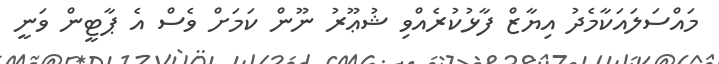
މައްސަލައަކާމެދު އިޔާޒް ފާޅުކުރެއްވި ޝުޢޫރު ނޫން ކަމަށް ވެސް އެ ޕާޓީން ވަނީ